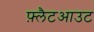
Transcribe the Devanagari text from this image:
फ़्लैटआउट